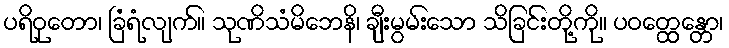
ပရိဝုတော၊ ခြံရံလျက်။ သုဏိသံမိဘေနိ၊ ချီးမွမ်းသော သိခြင်းတို့ကို။ ပဝတ္ထေန္တော၊